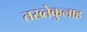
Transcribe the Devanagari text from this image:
तख्तेकुलाह